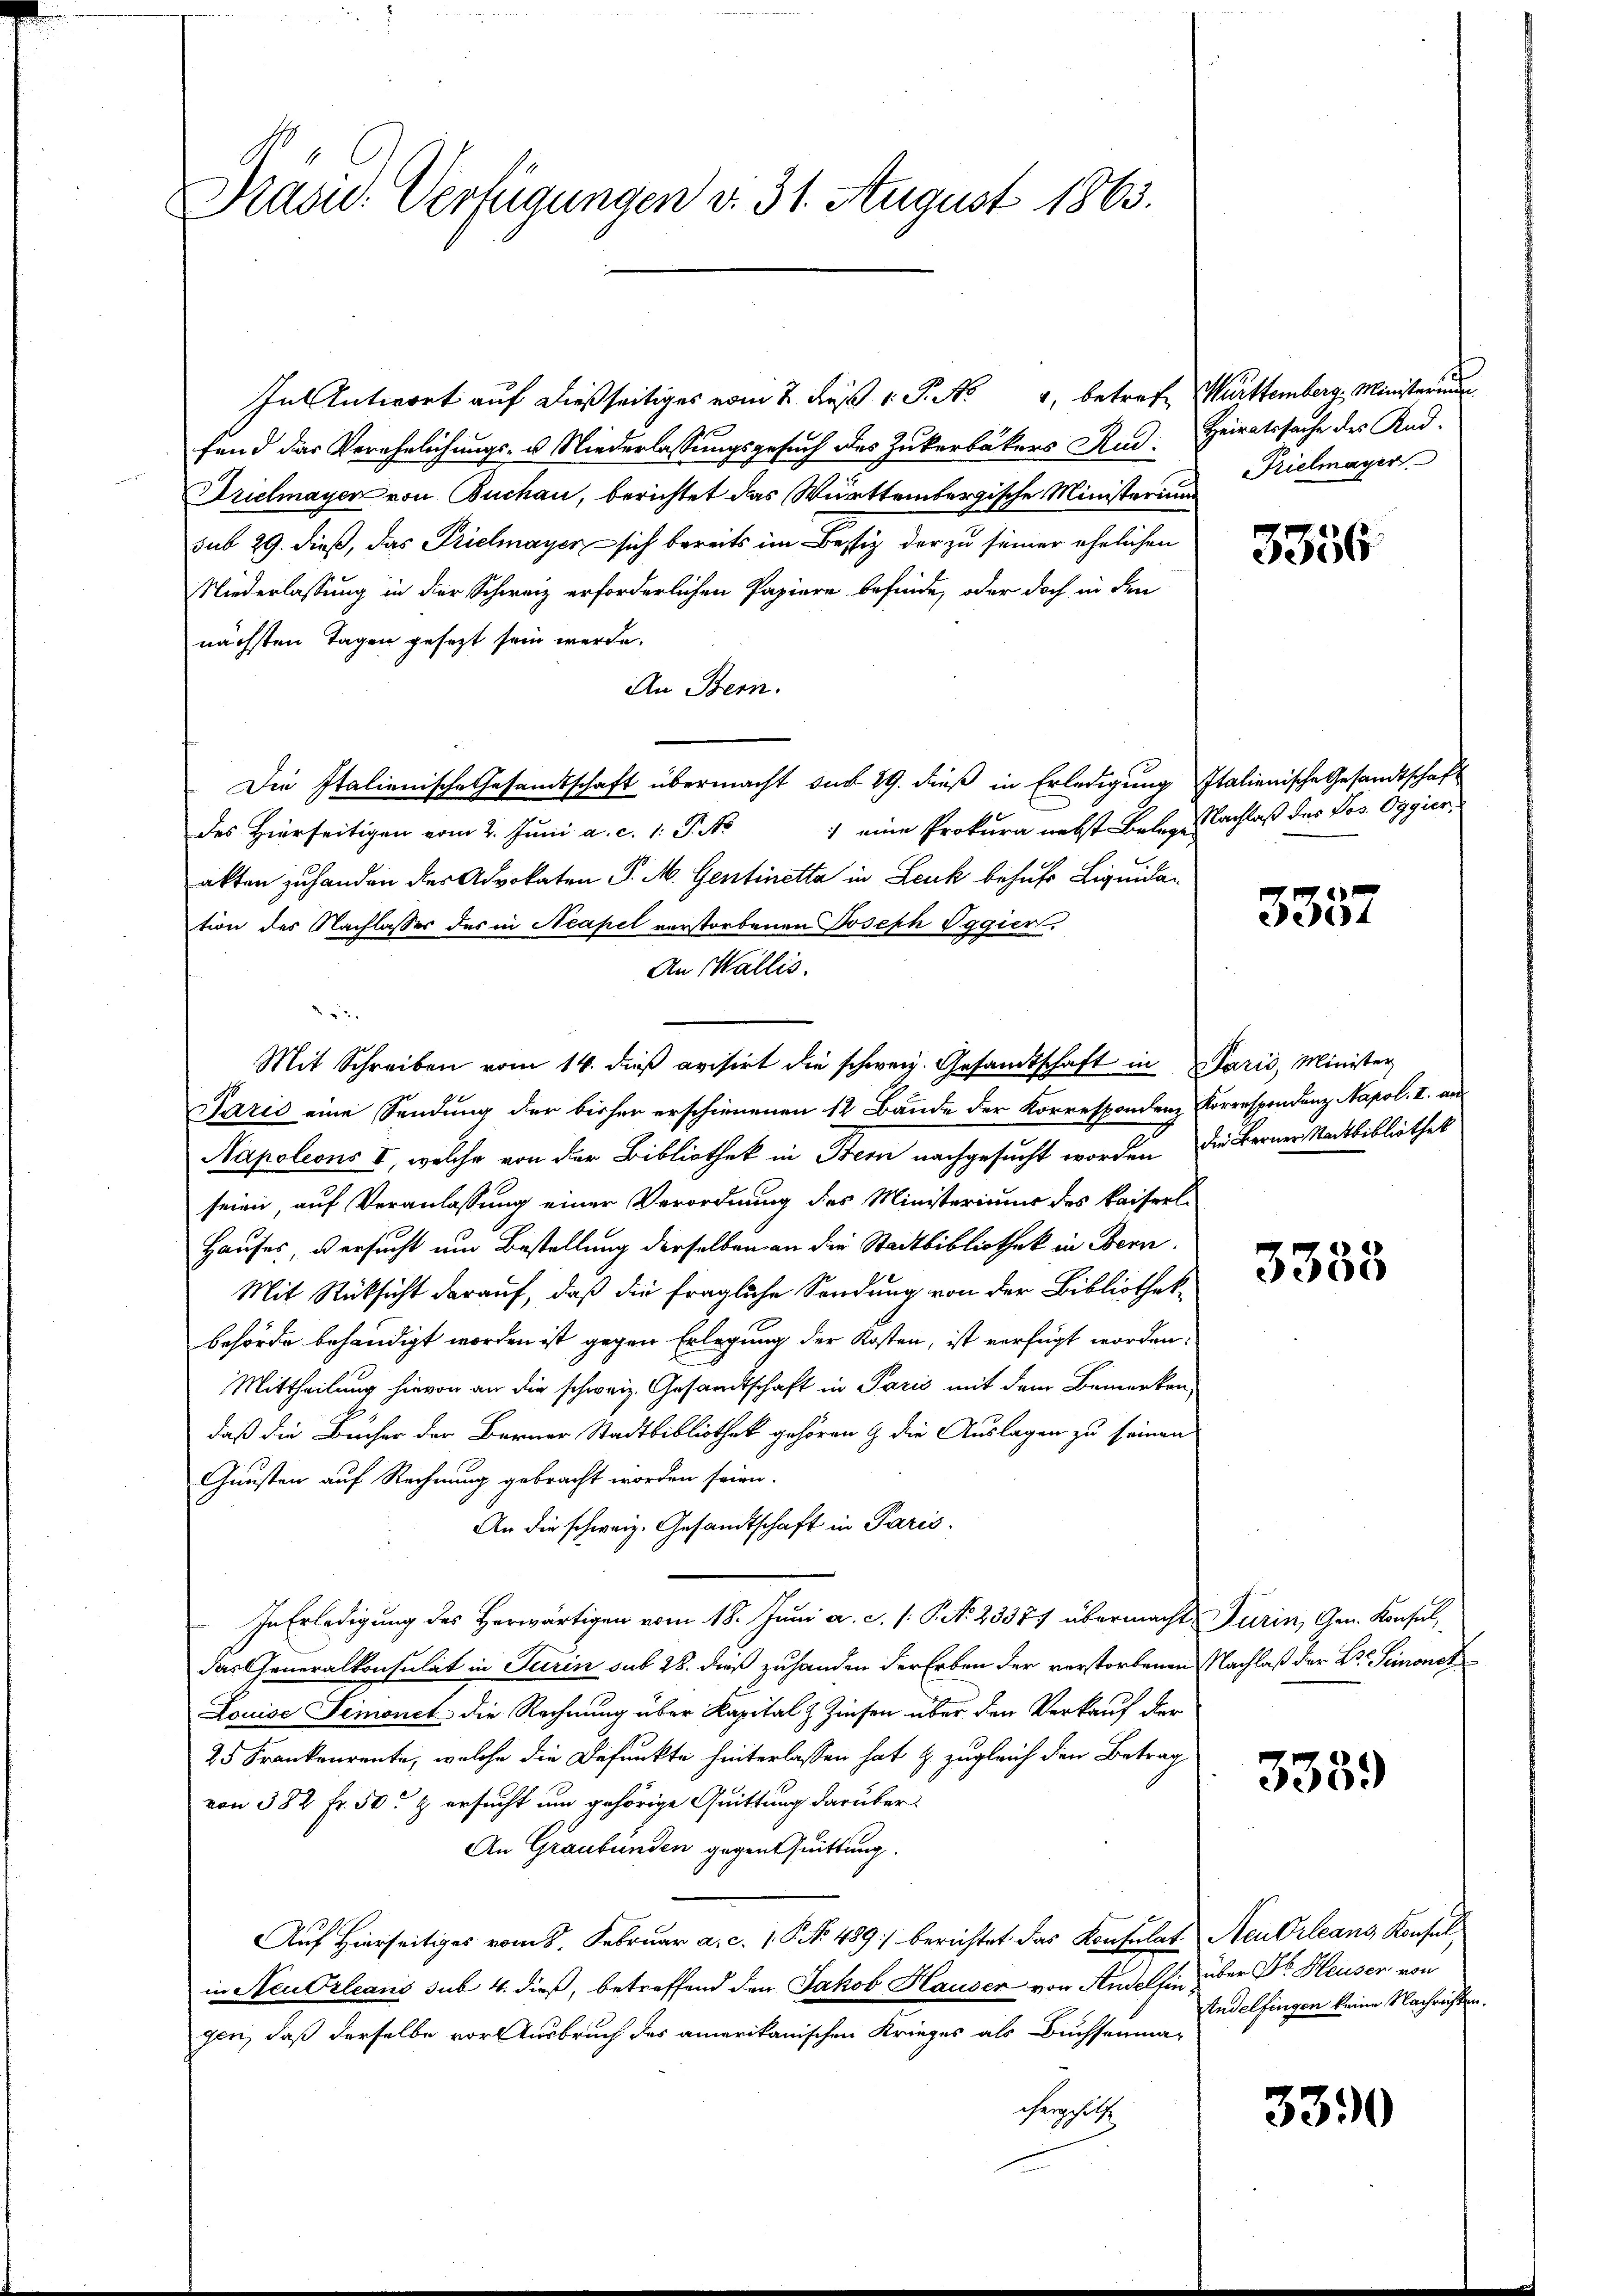
Prasw. Verfügungen v. 31. August 1863.

In Antwort auf dießseitiges vom 2. dieß 1 P. N. 4, betref Württemberg, Ministerium
fend das Verehelichungs- u. Niederlassungsgesuch des Zukerbäkers Rud
Drielmayer von Buchau, berichtet das Württembergische Ministerium
sub 29. dieß, das Prielmayer sich bereits im Bestiz der zu seiner ehelichen
Niederlassung in der Schweiz erforderlichen Papiere befinde, oder doch in den
nächsten Tagen gesezt sein werde.
An Bern.
Die Italienische Gesandtschaft übermacht dur 29. dieß in Erledigung Italienische Gesandtschaft
) eine Prokura nebst Belege Nachlaß des Pos. Oggier
des Hierseitigen vom 2. Juni a. c. 1. P. No
akten zu handen der Advokaten P. M. Gentinetta in Leuk behufs Liquidation des Nachlasser des in Neapel verstorbenen Joseph Vggier
An Wallis.
Paris eine Sendung der bisher erschienenen 12 Bände der Korrespondenz Korrespondenz Napol. II. an
Napoleons I, welche von der Bibliothek in Bern nachgesucht worden. Die Berner Stadtbibliothek
seien, auf Veranlassung einer Verordnung des Ministerimum des kaiserl¬
Hauses versucht um Bestellung derselben an die Stadtbibliothek in Bern.
Mit Rücksicht darauf, daß die fragliche Sendung von der Bibliothekbehörde behändigt worden ist gegen Erlegung der Kosten, ist verfügt worden:
Mittheilung hievon an die schweiz. Gesandtschaft in Paris mit dem Bemerken,
daß die Bücher der Berner Stadtbibliothek gehören & die Auslagen zu seinen
Gunsten auf Rechnung gebracht worden seien.
An die schweiz. Gesandtschaft in Paris.
In Erledigung des Herwärtigen vom 18. Juni a. c. /: P. N. 23371 übermacht Turin, Gen. Konsul,
das Generalkonsulat in Turin sub 28. dieß zuhanden der Erben der verstorbenen Nachlaß der B. Simonet
Louise Simonet die Rechnung über Kapital Zinsen über den Verkauf der
25 Frankenrente, welche die Befunkte hinterlassen hat & zugleich den Betrag
von 382 Fr. 50 & ersucht und gehörige Quittung darüber
An Graubünden gegenthuittung.
Auf Hierseitiges vom 8. Februar a. c. 1 P. No 489 berichtet das Konsulat
in Neu Orleans sub 4. dieß, betreffend den Jakob Hauser von Andelfin
gen, daß derselbe vor Ausbruch des amerikanischen Krieges als Buchsenmachergehilfe

Mit Schreiben vom 14. dieβ avisirt die schweiz. Gesandtschaft in Paris, Minister

Heiratssache des Kad.
Trielmayer.

3356

3357

3358

3339

Neu Orleans Konsul
über Dr. Heuser von
Andelfingen keine Nachrichten.

3390